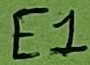
Text: E1